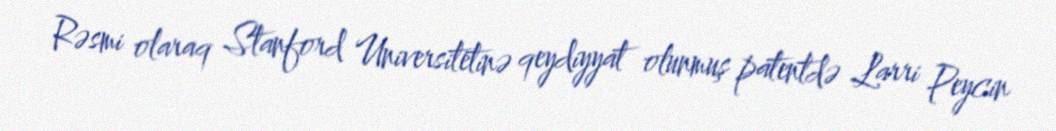
Rəsmi olaraq Stanford Universitetinə qeydiyyat olunmuş patentdə Larri Peycin